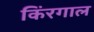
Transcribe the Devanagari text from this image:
किंरगाल